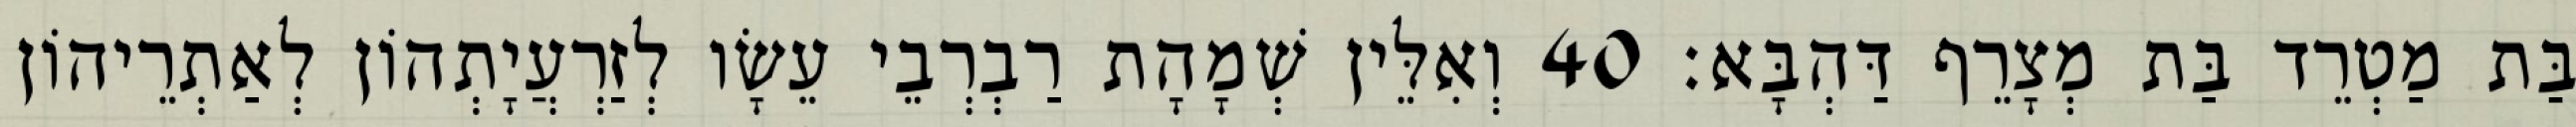
בַּת מַטְרֵד בַּת מְצָרֵף דַּהְבָּא׃ 40 וְאִלֵּין שְׁמָהָת רַבְרְבֵי עֵשָׂו לְזַרְעֲיָתְהוֹן לְאַתְרֵיהוֹן